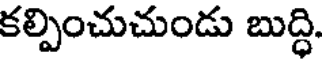
కల్పించుచుండు బుద్ధి.